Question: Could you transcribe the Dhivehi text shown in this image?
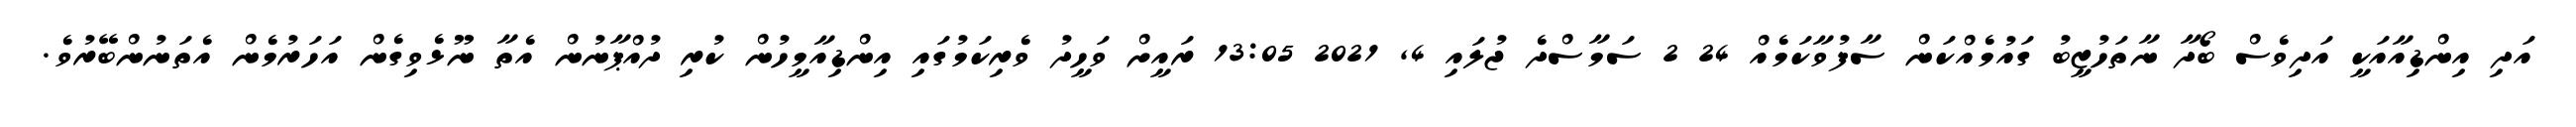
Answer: އަދި އިންޑިއާއަކީ އަދިވެސް ބޯދާ ނާތަހުޒީބު ގައުމެއްކަން ސާފުވާކަމެއް 24 2 ސަމާސްދެ ޖުލައި 4, 2021 13:05 ރައީށް ވަހީދު ވެރިކަމުގައި އިންޑިއާމީހުން ކުރި ދުއްޕާނުން އެތާ ނޫޅެވިގެން އަހަރުމެން އެތަނުންބޭރުވެ.